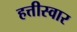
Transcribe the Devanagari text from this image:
हत्तीस्वार